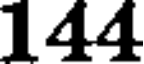
144